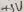
Text: +3V